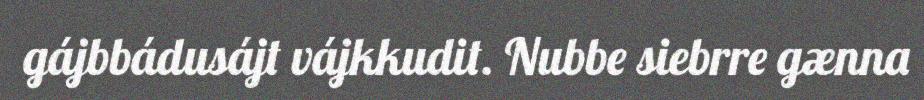
gájbbádusájt vájkkudit. Nubbe siebrre gænna